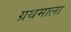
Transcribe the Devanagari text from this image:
ग्रथमाला